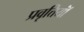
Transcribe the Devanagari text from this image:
प्रवृत्तियॉं